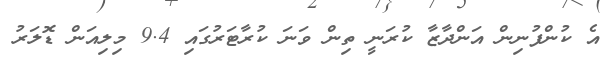
އެ ކުންފުނިން އަންދާޒާ ކުރަނީ ތިން ވަނަ ކުރާޓަރުގައި 9.4 މިލިއަން ޑޮލަރު